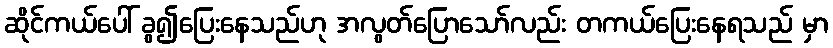
ဆိုင်ကယ်ပေါ် ခွ၍ပြေးနေသည်ဟု အလွတ်ပြောသော်လည်း တကယ်ပြေးနေရသည် မှာ